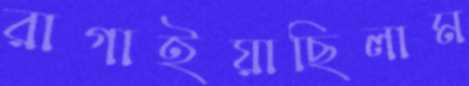
রাগাইয়াছিলাম